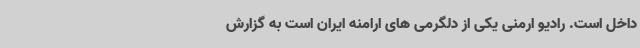
داخل است. رادیو ارمنی یکی از دلگرمی های ارامنه ایران است به گزارش